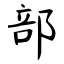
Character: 部